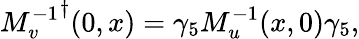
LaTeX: {M_{v}^{-1}}^{\dagger}(0,x)=\gamma_{5}M_{u}^{-1}(x,0)\gamma_{5},